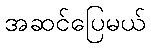
အဆင်ပြေမယ်